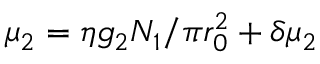
\mu _ { 2 } = \eta g _ { 2 } N _ { 1 } / \pi r _ { 0 } ^ { 2 } + \delta \mu _ { 2 }